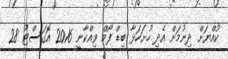
ކުއްޔަށް ދިނުމަށް އެދި ހުށަހަޅާ ބިޑް ފޯމް ވިއްކާނީ 2016 އޮގަސްޓު 28